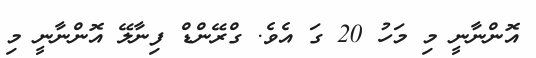
އޮންނާނީ މި މަހު 20 ގަ އެވެ. ގްރޭންޑް ފިނާލޭ އޮންނާނީ މި